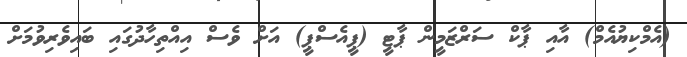
(އެމްކިޔުއެމް) އާއި ޕާކް ސަރްޒަމީން ޕާޓީ (ޕީއެސްޕީ) އަށް ވެސް އިއްތިހާދުގައި ބައިވެރިވުމަށް